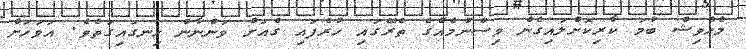
މެހްވިޝް ބުމަ ކާރިކޮށްލައިގެން ވިސްނުމެއްގެ ތެރޭގައި ހުރެފައި ގެއަށް ވަންނާން ހިނގައިގަތެވެ. އަވަހަށް